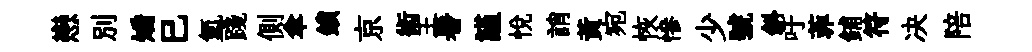
戀別矯已氳踐側傘鎖京術王暑謹悦誚黄宛恢慘少號斜吁菲鋪符决陪